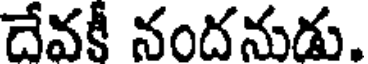
దేవకీ నందనుడు.